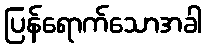
ပြန်ရောက်သောအခါ